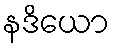
နဒိယော